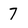
Character: 7